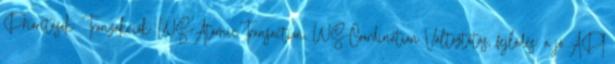
Prioritások: Tranzakciók: WS-AtomicTransaction, WS-Coordination Változtatás, fejlődés: a jó API